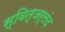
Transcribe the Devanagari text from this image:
स्वित्ज़र्लंद